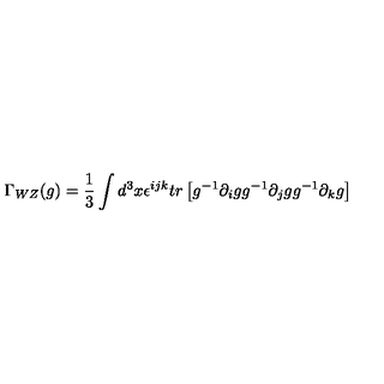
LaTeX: \Gamma _ { W Z } ( g ) = { \frac { 1 } { 3 } } \int d ^ { 3 } x \epsilon ^ { i j k } t r \left[ g ^ { - 1 } \partial _ { i } g g ^ { - 1 } \partial _ { j } g g ^ { - 1 } \partial _ { k } g \right]